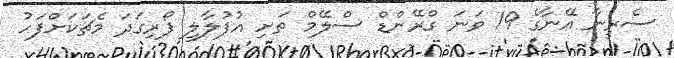
ސެރީނާ އޭނާގެ 19 ވަނަ ގްރޭންޑް ސްލޭމް ތަށި އުފުލާލީ ފޯރިގަދަ މެޗަކަށްފަހު